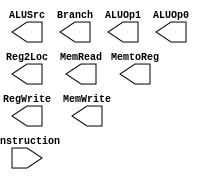
module ControlUnit (instruction,Reg2Loc, ALUSrc, MemtoReg, RegWrite,MemRead, MemWrite, Branch, ALUOp1, ALUOp0);

    input [10:0] instruction;
    output Reg2Loc, ALUSrc, MemtoReg, RegWrite, MemRead, MemWrite, Branch, ALUOp1, ALUOp0;
    reg [8:0] result;

    assign {Reg2Loc, ALUSrc, MemtoReg, RegWrite, MemRead, MemWrite, Branch, ALUOp1, ALUOp0} = result;
     

    always @ (instruction) begin
    
        case(instruction)
            11'b1xx0101x000: value = 9'b000100010;
            11'b11111000010: value = 9'bx11110000;
            11'b11111000000: value = 9'b11x001000;
            11'b10110100xxx: value = 9'b10x000101;
        endcase

    end

endmodule